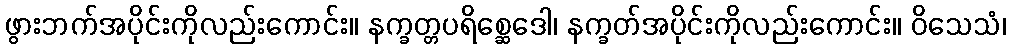
ဖွားဘက်အပိုင်းကိုလည်းကောင်း။ နက္ခတ္တပရိစ္ဆေဒေါ၊ နက္ခတ်အပိုင်းကိုလည်းကောင်း။ ဝိသေသံ၊